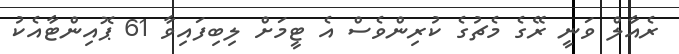
ރެއާލް ވަނީ ރޭގެ މެޗުގެ ކުރިންވެސް އެ ޓީމަށް ލިބިފައިވާ 61 ޕޮއިންޓާއެކު